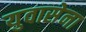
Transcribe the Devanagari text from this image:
युवासेना